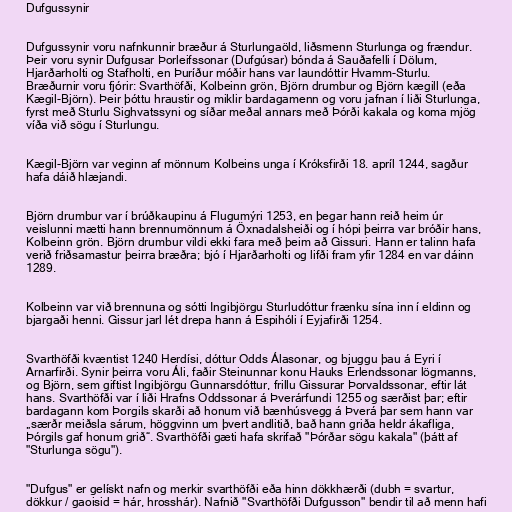
Dufgussynir

Dufgussynir voru nafnkunnir bræður á Sturlungaöld, liðsmenn Sturlunga og frændur.
Þeir voru synir Dufgusar Þorleifssonar (Dufgúsar) bónda á Sauðafelli í Dölum,
Hjarðarholti og Stafholti, en Þuríður móðir hans var laundóttir Hvamm-Sturlu.
Bræðurnir voru fjórir: Svarthöfði, Kolbeinn grön, Björn drumbur og Björn kægill (eða
Kægil-Björn). Þeir þóttu hraustir og miklir bardagamenn og voru jafnan í liði Sturlunga,
fyrst með Sturlu Sighvatssyni og síðar meðal annars með Þórði kakala og koma mjög
víða við sögu í Sturlungu.

Kægil-Björn var veginn af mönnum Kolbeins unga í Króksfirði 18. apríl 1244, sagður
hafa dáið hlæjandi.

Björn drumbur var í brúðkaupinu á Flugumýri 1253, en þegar hann reið heim úr
veislunni mætti hann brennumönnum á Öxnadalsheiði og í hópi þeirra var bróðir hans,
Kolbeinn grön. Björn drumbur vildi ekki fara með þeim að Gissuri. Hann er talinn hafa
verið friðsamastur þeirra bræðra; bjó í Hjarðarholti og lifði fram yfir 1284 en var dáinn
1289.

Kolbeinn var við brennuna og sótti Ingibjörgu Sturludóttur frænku sína inn í eldinn og
bjargaði henni. Gissur jarl lét drepa hann á Espihóli í Eyjafirði 1254.

Svarthöfði kvæntist 1240 Herdísi, dóttur Odds Álasonar, og bjuggu þau á Eyri í
Arnarfirði. Synir þeirra voru Áli, faðir Steinunnar konu Hauks Erlendssonar lögmanns,
og Björn, sem giftist Ingibjörgu Gunnarsdóttur, frillu Gissurar Þorvaldssonar, eftir lát
hans. Svarthöfði var í liði Hrafns Oddssonar á Þverárfundi 1255 og særðist þar; eftir
bardagann kom Þorgils skarði að honum við bænhúsvegg á Þverá þar sem hann var
„særðr meiðsla sárum, höggvinn um þvert andlitið, bað hann griða heldr ákafliga,
Þórgils gaf honum grið“. Svarthöfði gæti hafa skrifað "Þórðar sögu kakala" (þátt af
"Sturlunga sögu").

"Dufgus" er gelískt nafn og merkir svarthöfði eða hinn dökkhærði (dubh = svartur,
dökkur / gaoisid = hár, hrosshár). Nafnið "Svarthöfði Dufgusson" bendir til að menn hafi